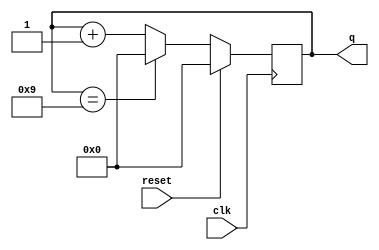
module top_module (
    input clk,
    input reset,       
    output reg [3:0] q);
    always @(posedge clk) begin
        if(reset)begin
            q<=4'd0;
        end
        else begin
            if(q==4'd9)  q<=4'd0;
            else         q<=q+4'd1;
        end
    end
endmodule
/*module top_module(
	input clk,
	input reset,
	output reg [3:0] q);
	
	always @(posedge clk)
		if (reset || q == 9)  
            q<=0;
		else
			q <= q+1;
	
endmodule